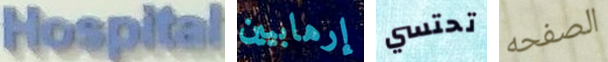
Hospital إرهابيين تحتسي الصفحه